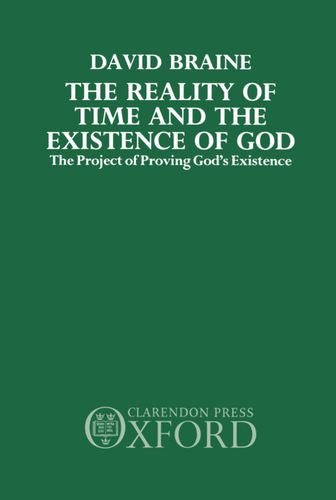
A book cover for The Reality of Time and the Existence of God: The Project of Proving God's Existence; David Braine; Science & Math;